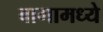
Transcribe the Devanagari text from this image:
बागामध्ये